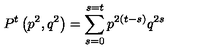
P ^ { t } \left( p ^ { 2 } , q ^ { 2 } \right) = \sum _ { s = 0 } ^ { s = t } p ^ { 2 \left( t - s \right) } q ^ { 2 s }